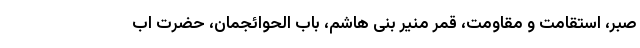
صبر، استقامت و مقاومت، قمر منیر بنی هاشم، باب الحوائجمان، حضرت اب